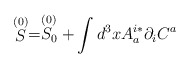
\begin{align*}\stackrel{(0)}{S}=\stackrel{(0)}{S_0}+\int d^3x A^{i*}_a \partial_i C^a\end{align*}